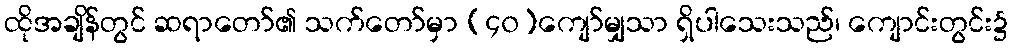
ထိုအချိန်တွင် ဆရာတော်၏ သက်တော်မှာ (၄၀)ကျော်မျှသာ ရှိပါသေးသည်၊ ကျောင်းတွင်း၌